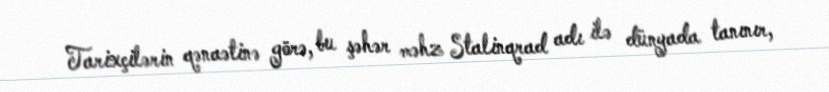
Tarixçilərin qənaətinə görə, bu şəhər məhz Stalinqrad adı ilə dünyada tanınır,